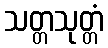
သတ္တသုတ္တံ